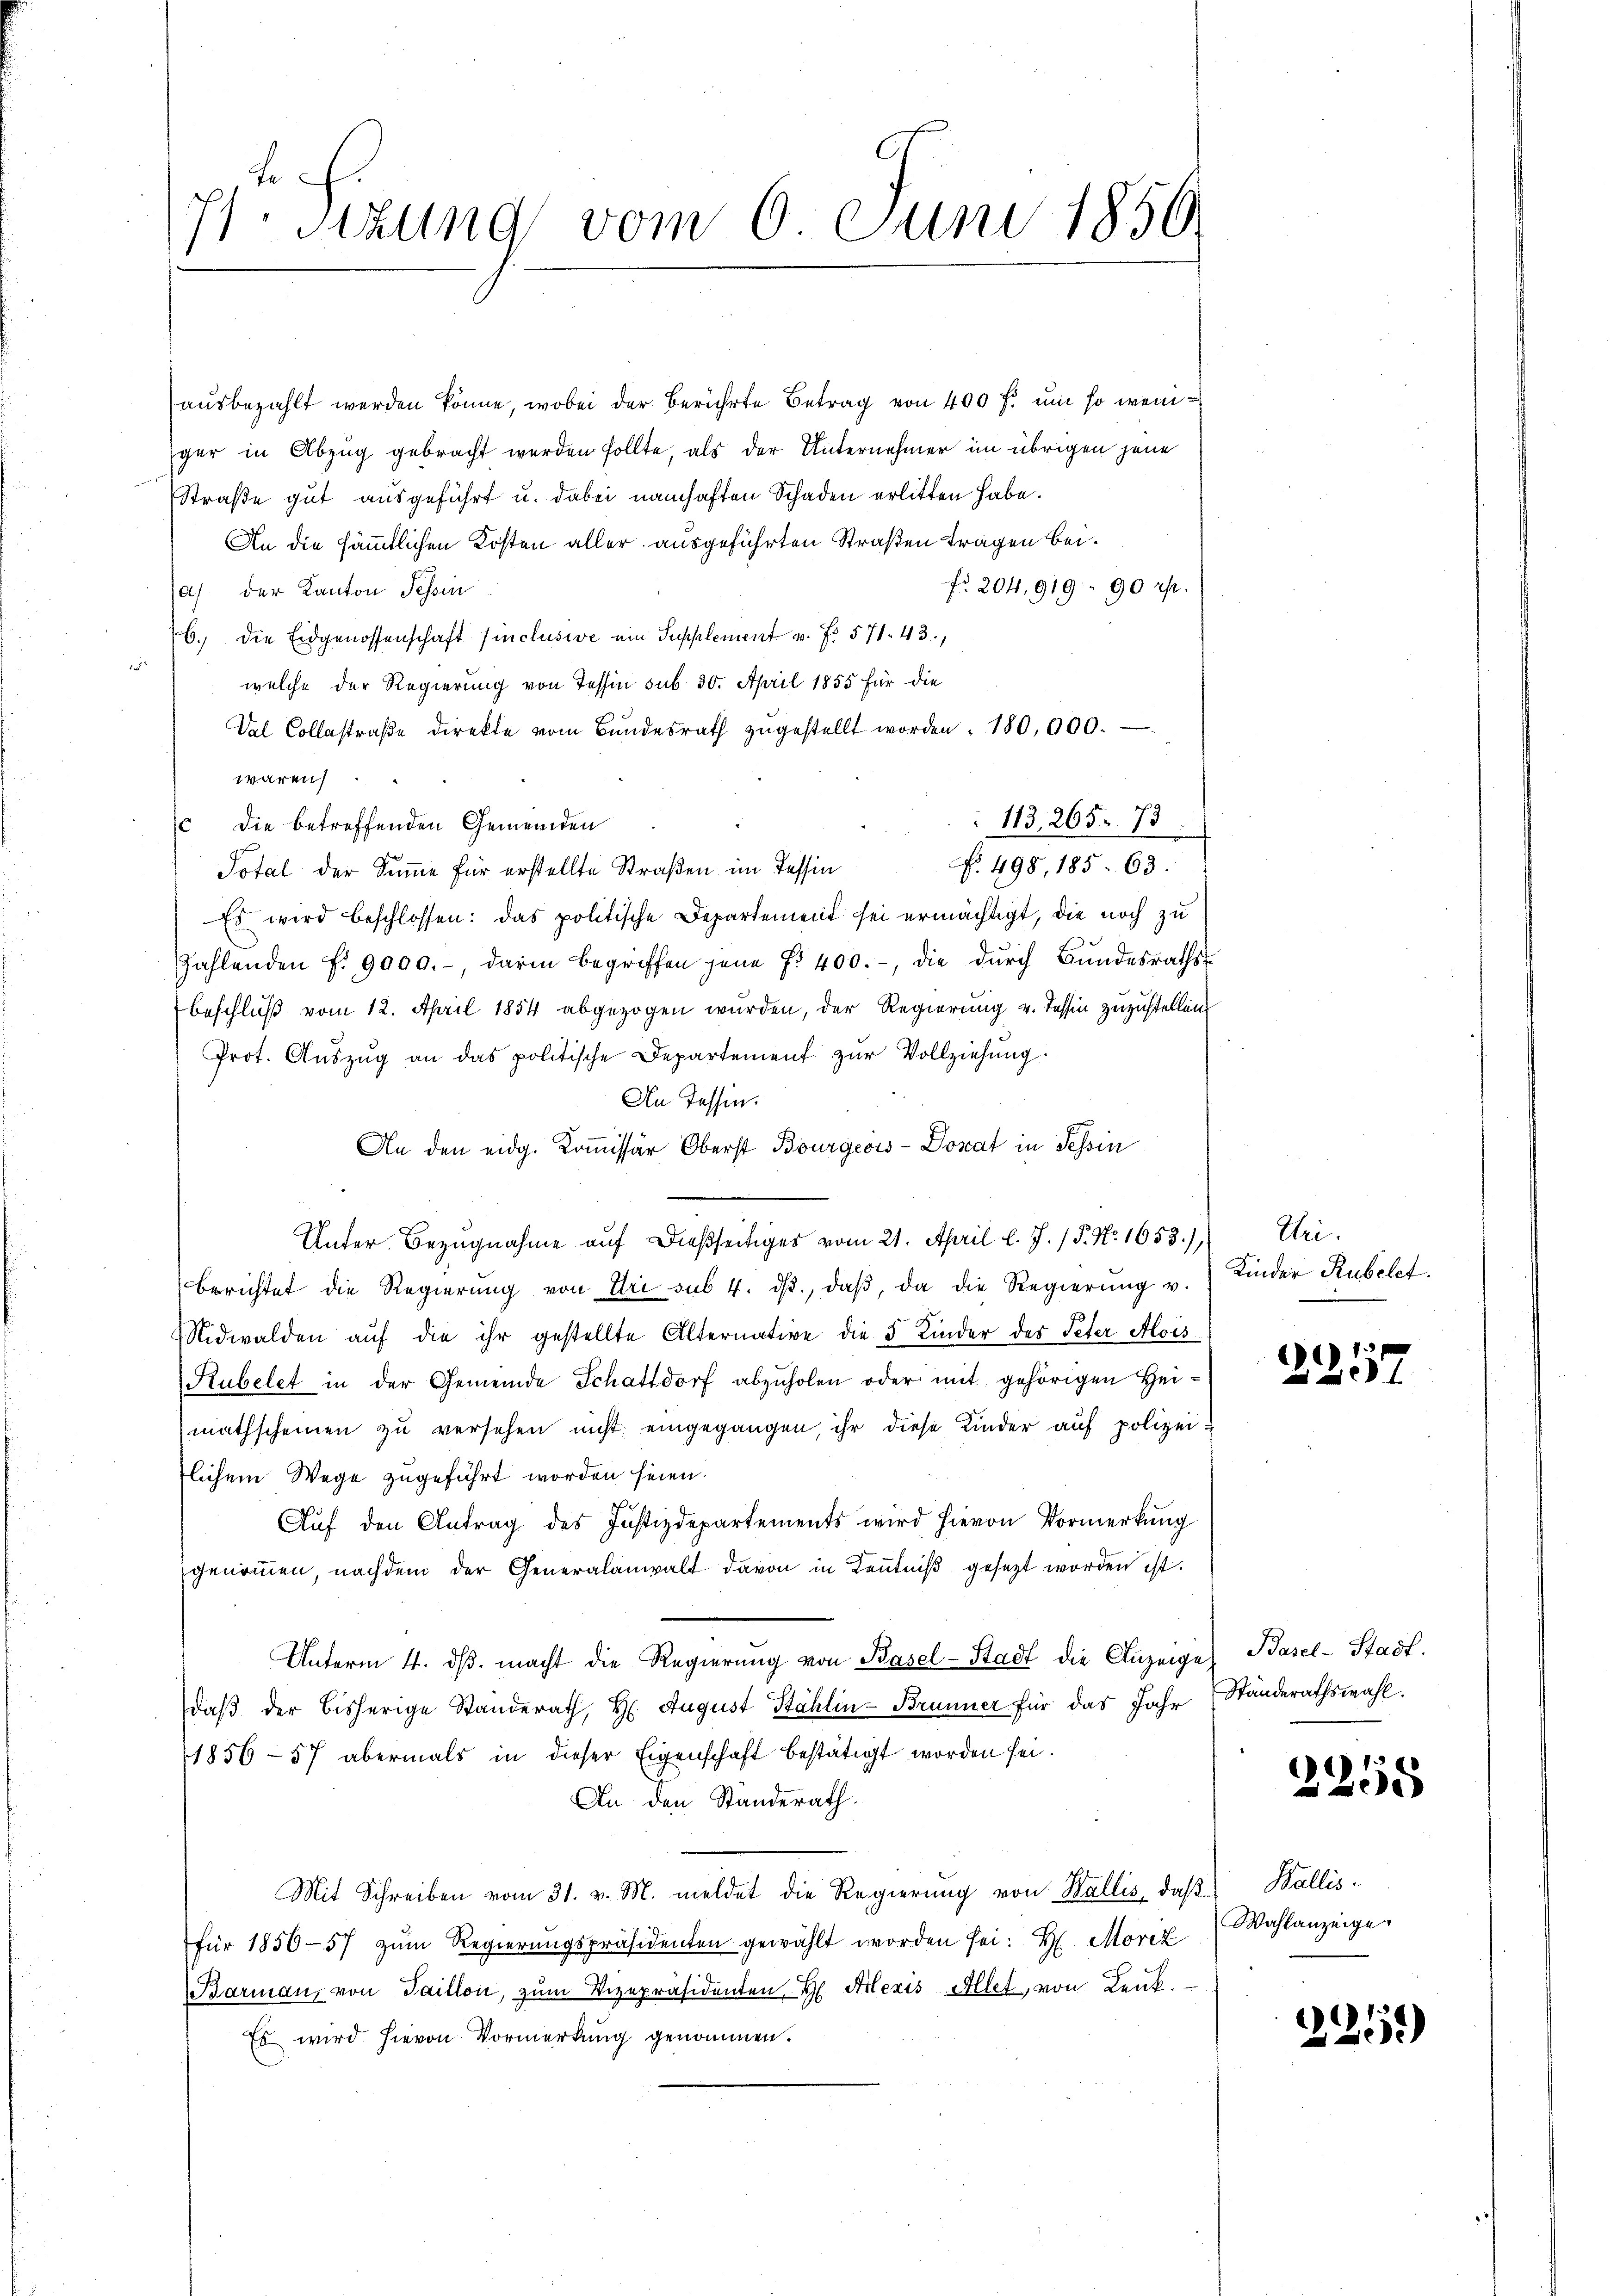
1). Sitzung vom 6 Juni 1856.

ausbezahlt werden könne, wobei der berührte Betrag von 400 f. um so weniger in Abzug gebracht werden sollte, als der Unternehmer im übrigen jene
Straße gut ausgeführt u. dabei namhaften Schaden erlitten habe.
An die sämmtlichen Kosten aller ausgeführten Straßen tragen bei.
fr. 204,919, 90 rp.
a) der Kanton Tessin
6.) Die Eidgenossenschaft finclusive ein Supplement u. Fr. 571. 43.
welche der Regierung von Tessin sub 30. April 1855 für die
Dal Collestraβe direkte vom Bundesrath zŭgestellt worden. 180,000.
waren
113, 265. 73
c die betreffenden Gemeinden
No. 498, 185. 63.
Total der Summe für erstellte Straßen im Tessin
Es wird beschlossen: das politische Departement sei ermächtigt, die noch zu
Zahlenden f. 9000.-, darin begriffen jene f. 400.-, die durch Bundesraths
Beschluß vom 12. April 1854 abgezogen wurden, der Regierung v. Tessin zuzustellen
Prot. Aŭszŭg an das politische Departement zŭr Vollziehung:
An Tessin.
An den eidg. Kommissär Oberst Bourgeois - Donat in Schin
Unter Bezugnahme auf dießseitiges vom 21. April l. J. / 5. No. 1653.) Uri
berichtet die Regierŭng von Uri sub 4. dβ., daβ, da die Regierŭng v.
Nidwalden aŭf die ihr gestellte Alternative die 5 Kinder des Peter Alois
Rubelet in der Gemeinde Schattdorf abzuholen oder mit gehörigen Heimathscheinen zu versehen nicht eingegangen, ihr diese Kinder auf polizeilichem Wege zugeführt worden seien.
Aŭf den Antrag des Justizdepartements wird hievon Vormerkŭng
genoṁen, nachdem der Generalanwalt davon in Kenntniß gesezt worden ist.
Unterm 4. dβ. macht die Regierung von Basel-Stadt die Anzeige
daß der bisherige Standerath, H. August Sahlin-Brunner für das Jahr
1856-57 abermals in dieser Eigenschaft bestätigt worden sei.
An den Standerath.
Mit Schreiben vom 31. v. M. meldet die Regierung von Wallis, daβ Wallis.
für 1850-57 zŭm Regierŭngspräsidenten gewählt worden sei. H. Moriz
Barman, von Saillon, zum Vizepräsidenten H. Alexis Allet, von Lenk.
Es wird hievon Vormerkung genommen.

Kinder Rubelt.

1
237

Basel-Stadt.
Ständerathswahl.

2258

Wahlanzeige

225)